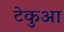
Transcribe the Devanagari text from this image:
टेकुआ